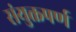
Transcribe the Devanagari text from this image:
संयुक्तपर्ण